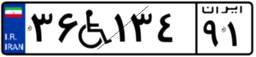
۹۳W۸۶۷۱۱